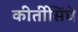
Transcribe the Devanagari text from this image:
कीर्तीसिंघे